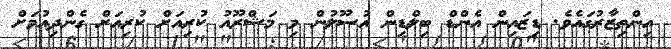
އިންތިޒާރުގައެވެ. ޑިޒައިން އެންޑް ބިލްޑިން އުސޫލުން މި މަޝްރޫއު ކުރިއަށް ކުރިއަށް ގެންދިއުމަށް